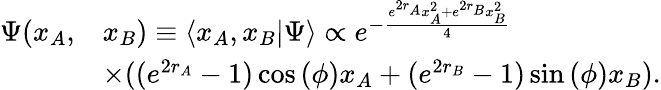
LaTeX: \begin{array}{rl}{\Psi(x_{A},}&{x_{B})\equiv\langle x_{A},x_{B}\vert\Psi\rangle\propto e^{-\frac{e^{2r_{A}}x_{A}^{2}+e^{2r_{B}}x_{B}^{2}}{4}}}\\ &{\times((e^{2r_{A}}-1)\cos{(\phi)}x_{A}+(e^{2r_{B}}-1)\sin{(\phi)}x_{B}).}\end{array}